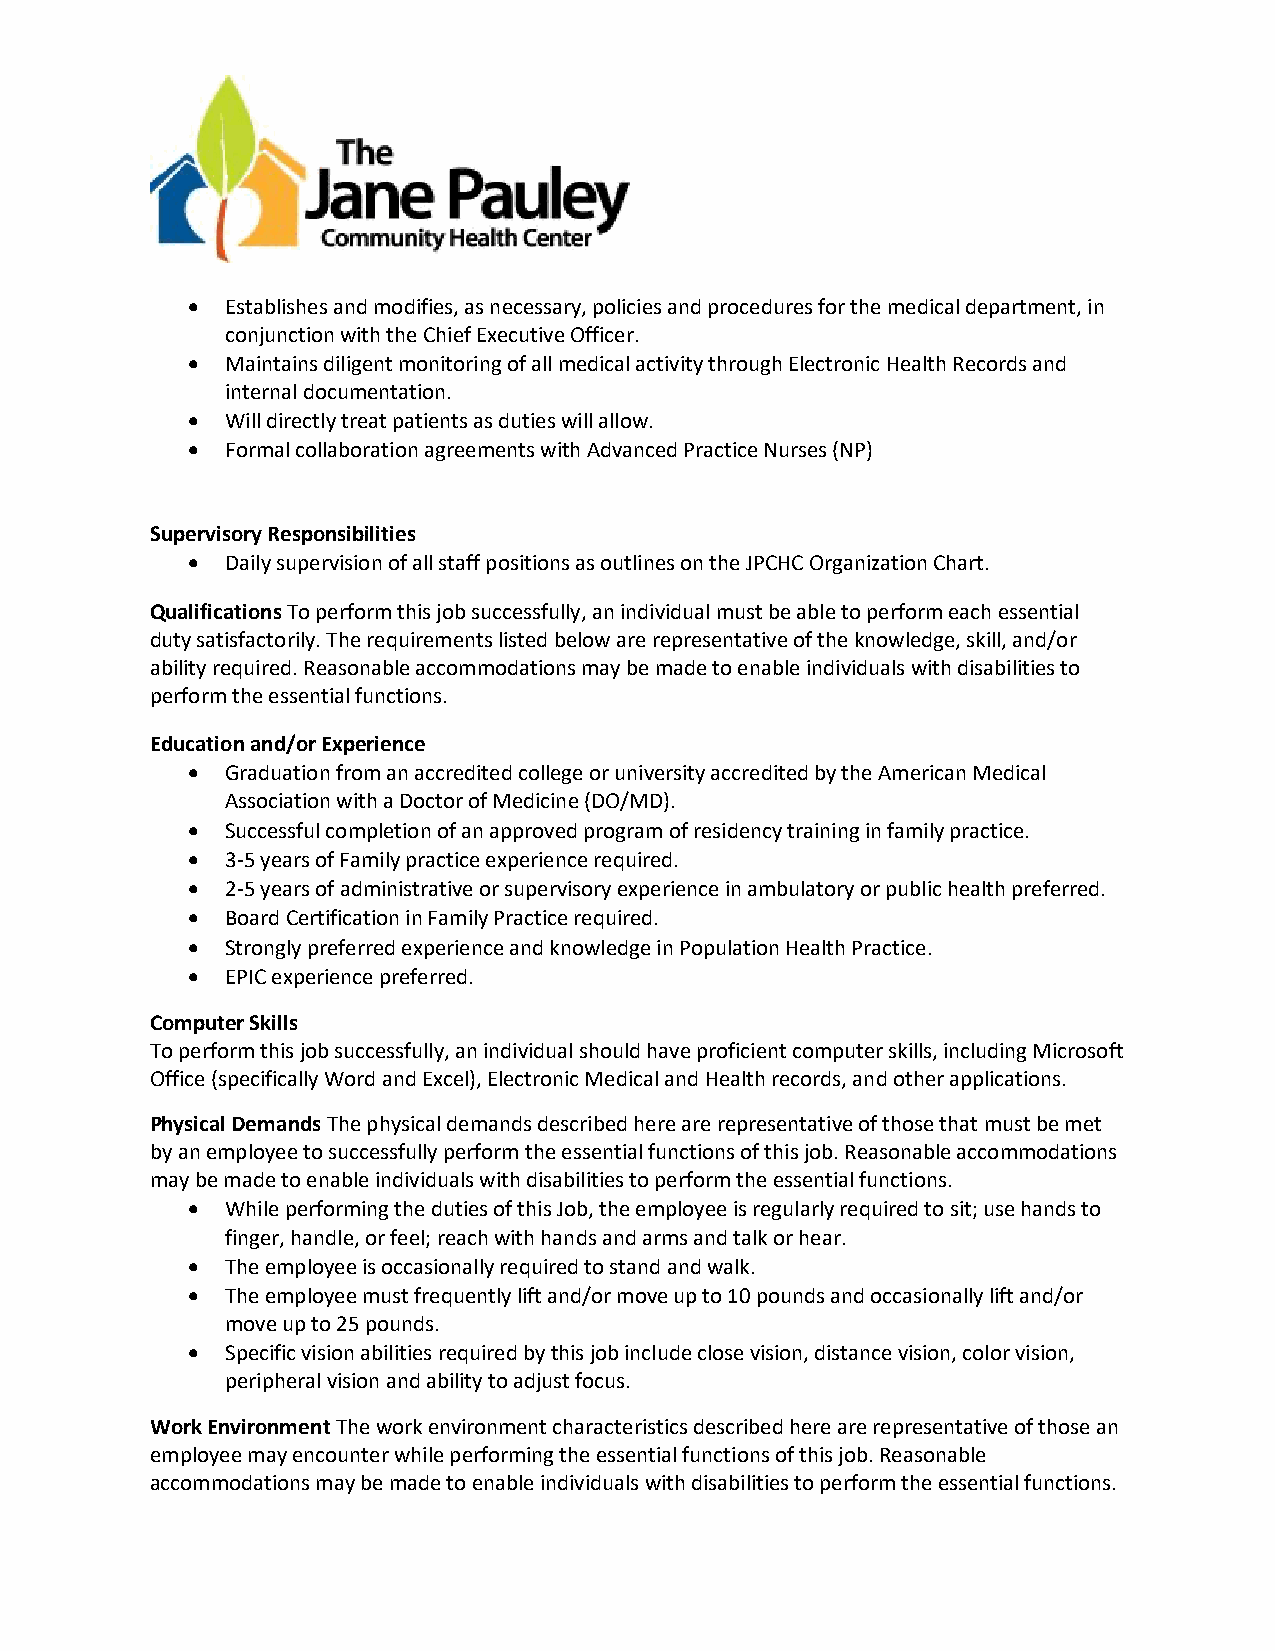
•  Establishes and modifies, as necessary, policies and procedures for the medical department, in
 conjunction with the Chief Executive Officer.
 •  Maintains diligent monitoring of all medical activity through Electronic Health Records and
 internal documentation.
 •  Will directly treat patients as duties will allow.
 •  Formal collaboration agreements with Advanced Practice Nurses (NP)
 Supervisory Responsibilities
 •  Daily supervision of all staff positions as outlines on the JPCHC Organization Chart.
 Qualifications To perform this job successfully, an individual must be able to perform each essential
 duty satisfactorily. The requirements listed below are representative of the knowledge, skill, and/or
 ability required. Reasonable accommodations may be made to enable individuals with disabilities to
 perform the essential functions.
 Education and/or Experience
 •  Graduation from an accredited college or university accredited by the American Medical
 Association with a Doctor of Medicine (DO/MD).
 •  Successful completion of an approved program of residency training in family practice.
 •  3-5 years of Family practice experience required.
 •  2-5 years of administrative or supervisory experience in ambulatory or public health preferred.
 •  Board Certification in Family Practice required.
 •  Strongly preferred experience and knowledge in Population Health Practice.
 •  EPIC experience preferred.
 Computer Skills
 To perform this job successfully, an individual should have proficient computer skills, including Microsoft
 Office (specifically Word and Excel), Electronic Medical and Health records, and other applications.
 Physical Demands The physical demands described here are representative of those that must be met
 by an employee to successfully perform the essential functions of this job. Reasonable accommodations
 may be made to enable individuals with disabilities to perform the essential functions.
 •  While performing the duties of this Job, the employee is regularly required to sit; use hands to
 finger, handle, or feel; reach with hands and arms and talk or hear.
 •  The employee is occasionally required to stand and walk.
 •  The employee must frequently lift and/or move up to 10 pounds and occasionally lift and/or
 move up to 25 pounds.
 •  Specific vision abilities required by this job include close vision, distance vision, color vision,
 peripheral vision and ability to adjust focus.
 Work Environment The work environment characteristics described here are representative of those an
 employee may encounter while performing the essential functions of this job. Reasonable
 accommodations may be made to enable individuals with disabilities to perform the essential functions.